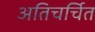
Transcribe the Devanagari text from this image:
अतिचर्चित